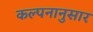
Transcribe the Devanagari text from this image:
कल्पनानुसार